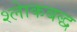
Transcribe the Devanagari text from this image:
श्लाेकबद्ध